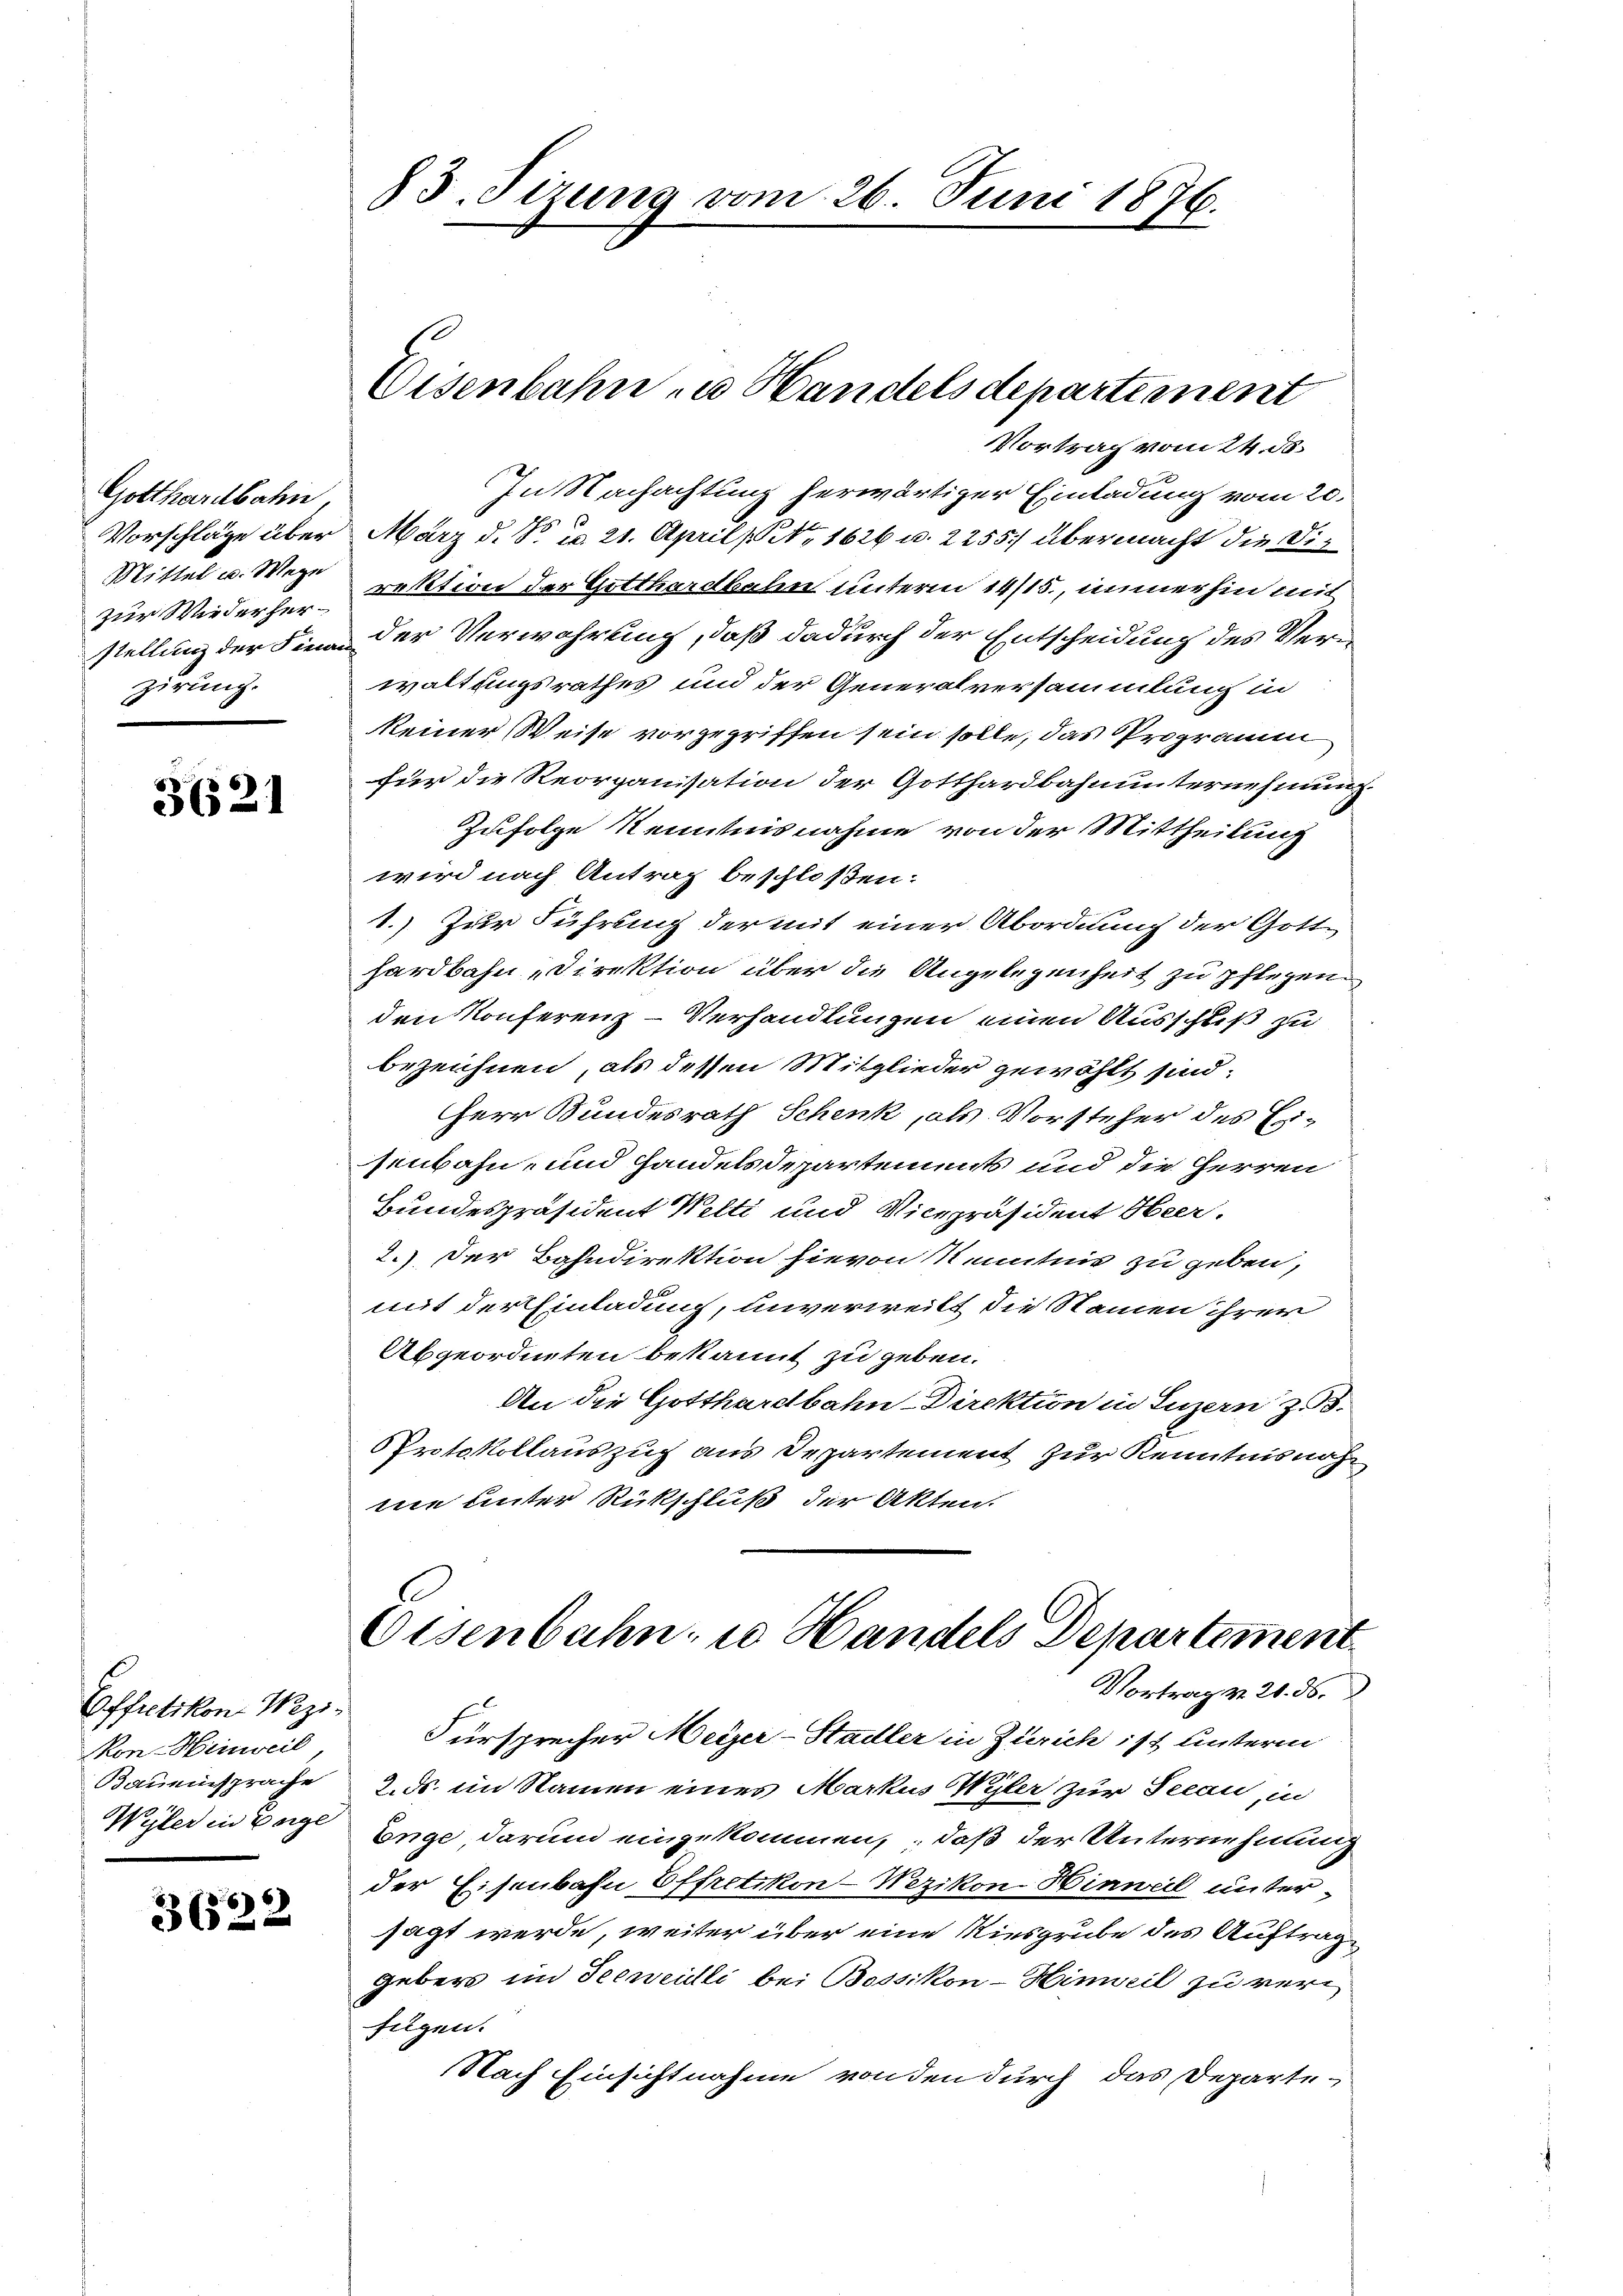
Gotthardbahn,
Vorschläge über
Mittel u. Wege
zur Wiederherstellung der Finan
zirung.

3621

Effretikon, Wezi.
Mon-Hinweil,
Bauinsprache
Wyler in Berge

36522

83. Sizung vom 26. Juni 1876.

Eisenbahn zu Handels departement

Vortrag vom 24. ds.
In Nachachtung herwärtiger Einladung vom 20.
März d. d. d. 21. April [No 1626 u. 2255/ übermacht die Direktion der Gotthardbalen unterm 14/15., immerhin mit
der Verwahrung, daß dadurch der Entscheidung des Verwaltungsrathes und der Generalversammlung in
keiner Weise vorgegriffen sein solle, das Programm
für die Reorganisation der Gotthardbahnunternehmun¬
Zufolge Kenntnisnahme von der Mittheilung
wird nach Antrag beschloßen:
1.) Zur Führung der mit einer Abordnung der Gotthardbahn Direktion über die Angelegenheit zu pflegen.
den Konferenz-Verhandlungen einen Ausschluß zu
bezeichnen, als dessen Mitglieder gewählt sind.
Herr Bundesrath Schenk, als Vorsteher des Ersenbahn- und Handelsdepartements und die Herren
Bundespräsident Welti und Vicepräsident Heer.
2.) Der Bahndirektion hievon Kenntnis zu geben,
mit der Einladung, unverweilt die Namen ihrer
Abgeordneten bekannt zu geben.
An die Gotthardbahn-Direktion in Luzern zu 3.
Protokollauszug aus Departement zur Kenntnis noch
ne unter Rückschluß der Akten.
Osenbahn u Handels Departement
Vortrag v. 20. ds.
Fürsprecher Meyer-Stadler in Zürich ist unterm
2. ds. im Namen eines Markus Wyler zur Seeau, in
Enge darum eingekommen, daß der Unternehmung
der Eisenbahn Effretikon-Wezikon-Hinweil unter
sagt werde, weiter über eine Niesgrube des Auftrag
geber im Seeweilli bei Bossikon-Hinweil zu veri
fügen.
Nach Einsichtnahme von den durch das Departe¬